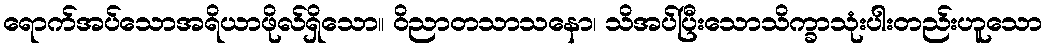
ရောက်အပ်သောအရိယာဖိုလ်ရှိသော။ ဝိညာတသာသနော၊ သိအပ်ပြီးသောသိက္ခာသုံးပါးတည်းဟူသော